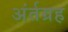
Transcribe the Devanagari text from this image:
अंर्तग्रह